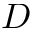
D